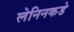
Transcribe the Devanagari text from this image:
लेनिनकडे